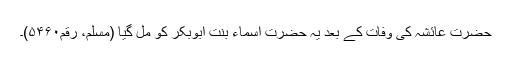
حضرت عائشہ کی وفات کے بعد یہ حضرت اسماء بنت ابوبکر کو مل گیا (مسلم، رقم۵۴۶۰)۔